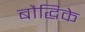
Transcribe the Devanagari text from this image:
बौद्धिके